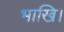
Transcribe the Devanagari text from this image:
भाखि।